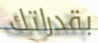
بقدراتك